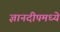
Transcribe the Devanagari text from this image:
ज्ञानदीपमध्ये